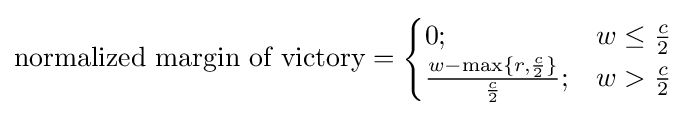
{\mbox{normalized margin of victory}}={\begin{cases}0;&w\leq {\frac {c}{2}}\\{\frac {w-\max\{r,{\frac {c}{2}}\}}{\frac {c}{2}}};&w>{\frac {c}{2}}\end{cases}}